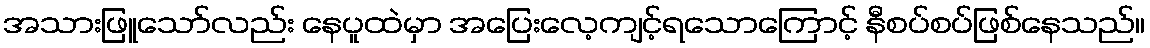
အသားဖြူသော်လည်း နေပူထဲမှာ အပြေးလေ့ကျင့်ရသောကြောင့် နီစပ်စပ်ဖြစ်နေသည်။